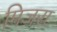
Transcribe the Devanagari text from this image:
मिजरा